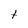
Character: t